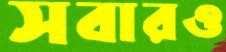
সবারও